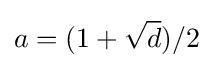
a=(1+{\sqrt {d}})/2